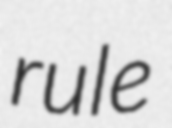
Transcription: rule